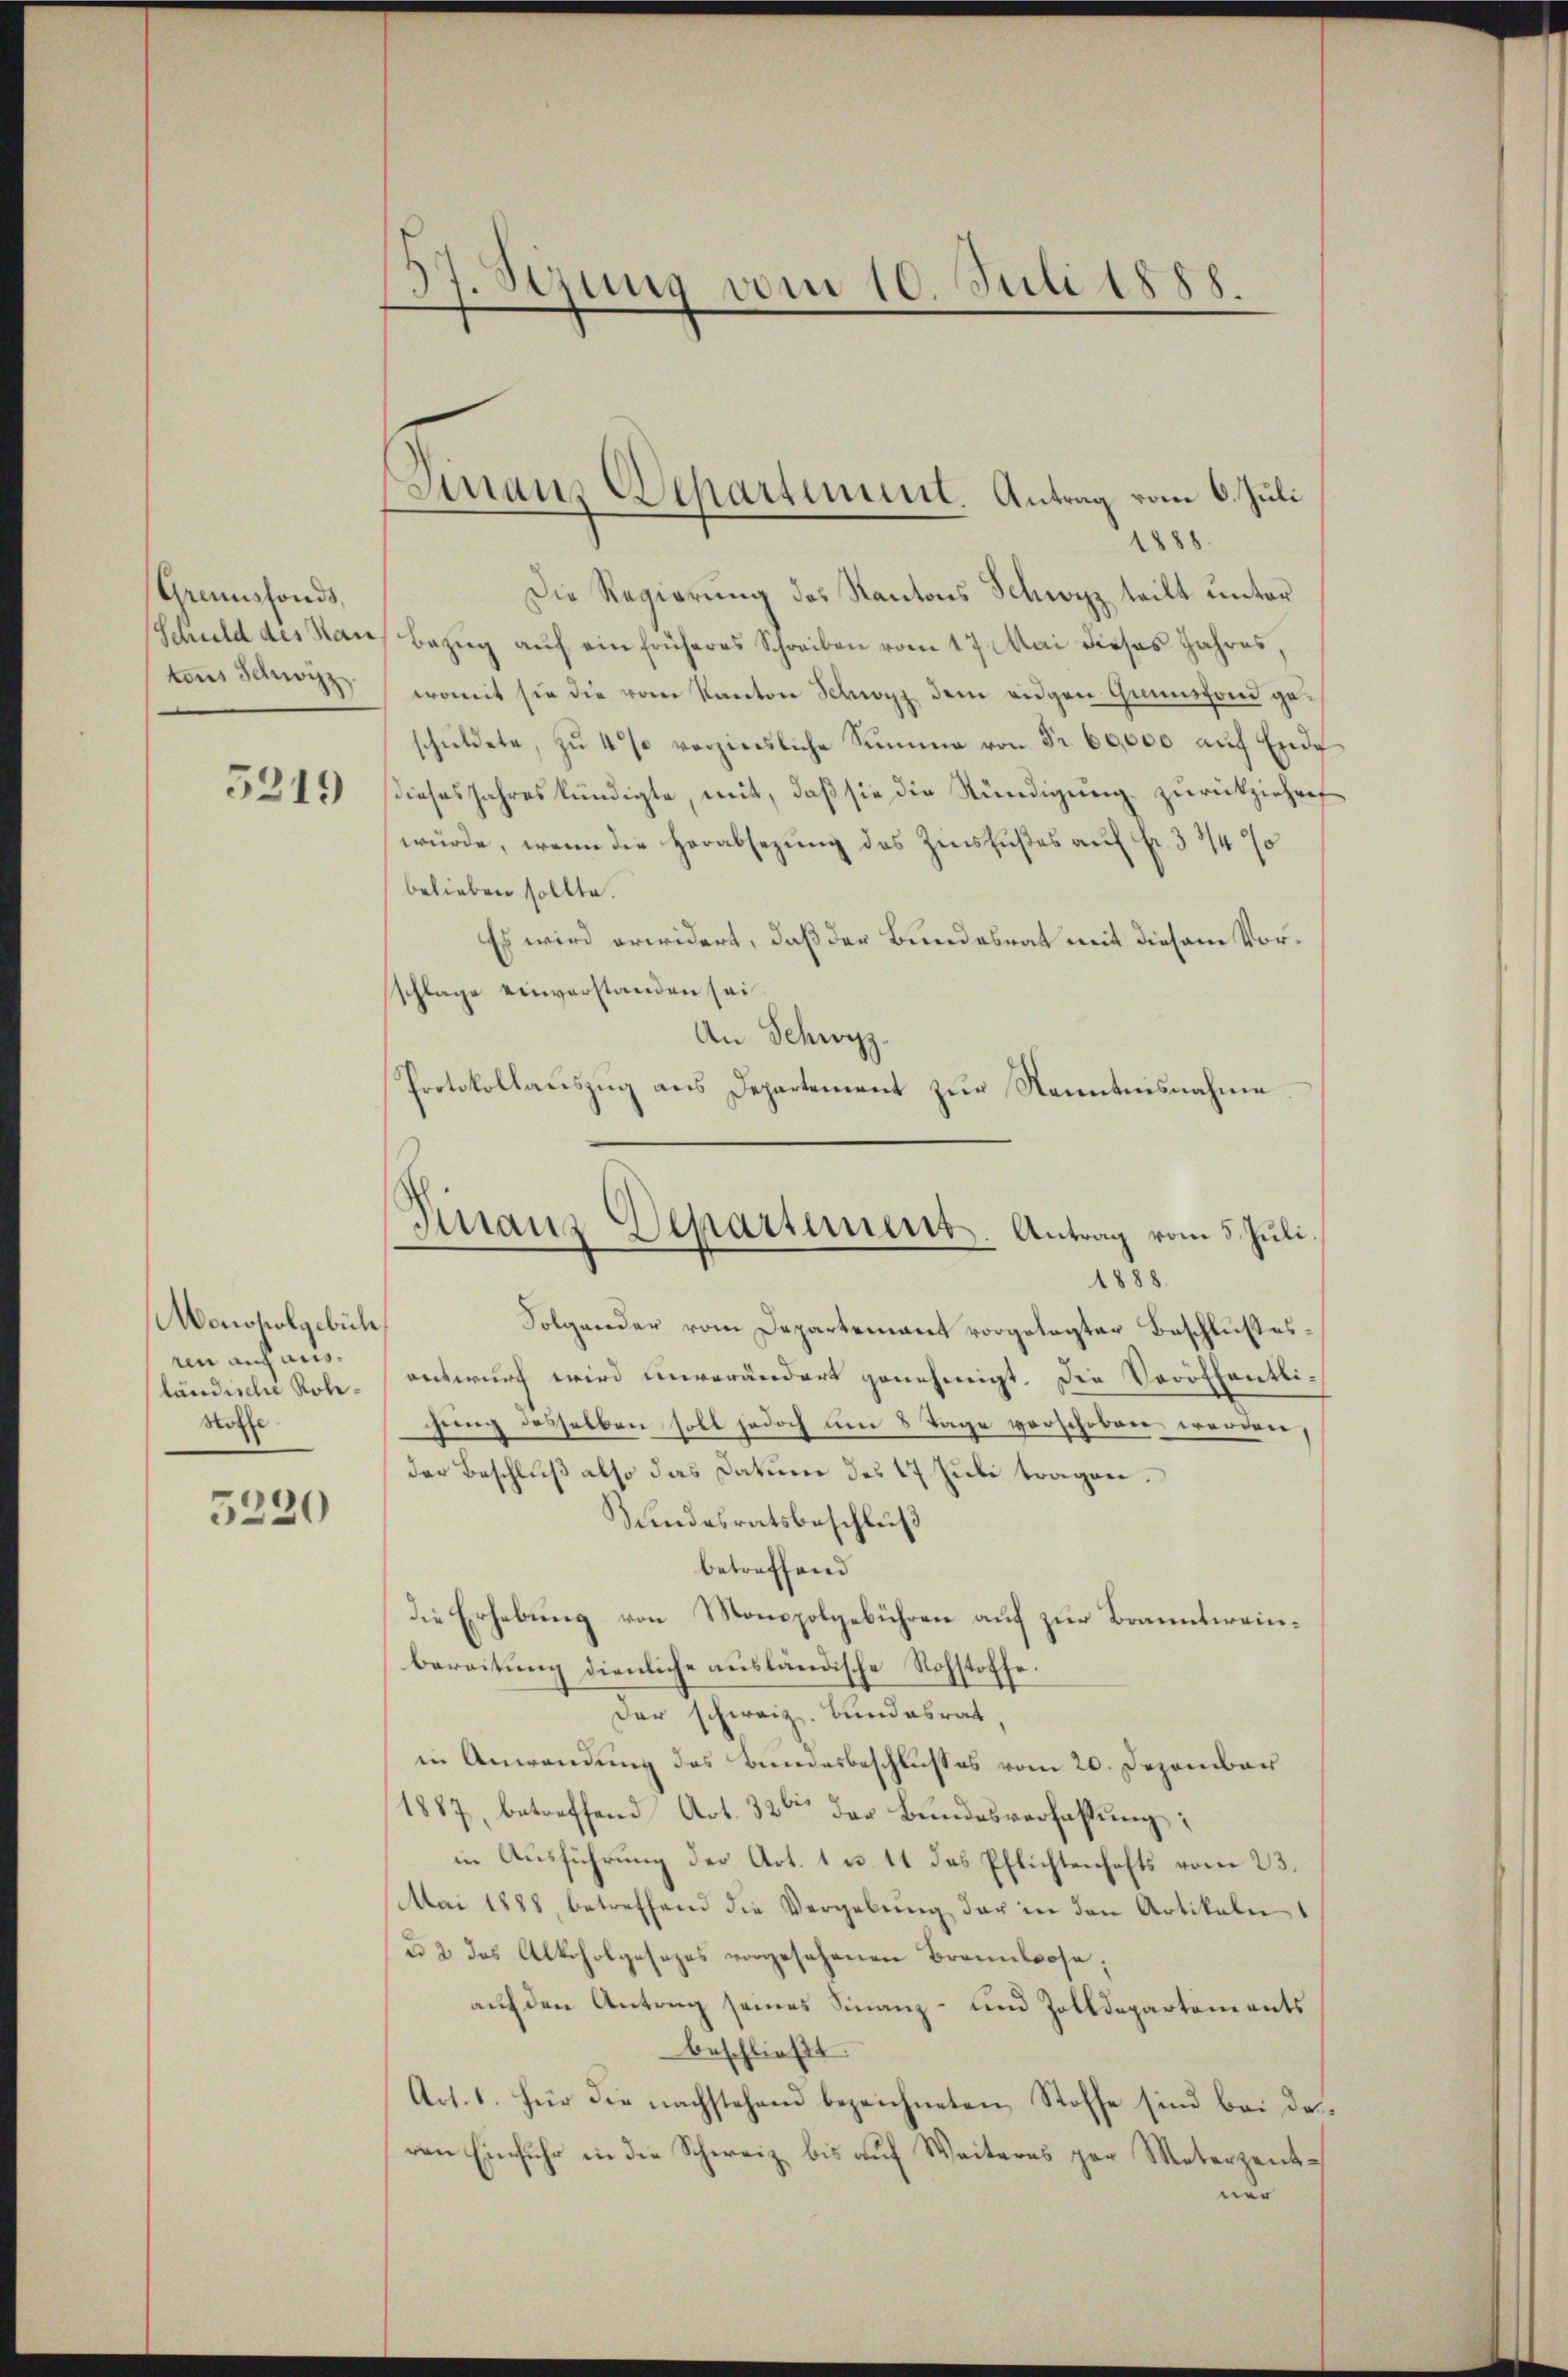
Grandsfonds,
tons Schwyz

5219

Monopolgebüh
in auch aus¬
Stoffe

5220

37 Sirung vom 10. Juli 1888.

1888.
Die Regierung des Kantons Schwyz teilt unter
Schuld des Haus Bezug auf ein früheres Schreiben vom 17. Mai dieses Jahres,
womit sie die vom Kanton Schwyz dem eidgen Grünschon geschŭldete, zŭ 4% verzierliche Summe von Fr. 60,000 aŭf Ende
dieses Jahreskündigte, mit, daß sie die Stündigung zurückziehent
würde, wenn die Herabsezung des Zinsfußes auf Fr. 3 3/4 %
belieben sollte.
Es wird erwidert, daß der Bundesrat mit diesem Vorschlage einverstanden sei.
An Schwyz.
Protokollauszug aus Departement zur Kenntnisnahme

Finanz Departement. Antrag vom 6. Juli

Finanz Departement. Antrag vom 5. Juli
1888.

Folgender vom Departement vorgelegter Beschlußes
ländische Rohe- entwurf wird unverändert genehmigt. Die Veröffentlihung desselben soll jedoch um 8 Tage verschoben werden,
der Beschluß also das Datum des 17. Juli tragen.
Bundesratsbeschluß
betreffend
Die Erhebung von Monopolgebühren auf zur Branntweinbereitung dienliche ausländische Rohstoffe
Der schweiz. Bundesrat,
in Anwendung des Bundesbeschlußes vom 20. Dezember
1887, betreffend Art. 326 der Bundesverfassung:
in Ausführung der Art. 1 u. 11 das Pflichtenhafts vom 23.
Mai 1888, betreffend die Vergebung der in den Artikeln
u. 2 das Alkoholgesezes vorgesehenen Brannlose;
auf den Antrag seines Finanz- und Zolldepartements
beschließt:
Art. 1. für die nachstehend bezeichneten Stoffe sind bei Deven Einfuhr in die Schweiz bis auf Weiteres par Meterzentner